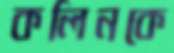
কলিনকে